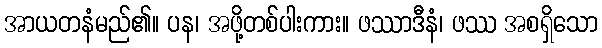
အာယတနံမည်၏။ ပန၊ အဖို့တစ်ပါးကား။ ဖဿာဒီနံ၊ ဖဿ အစရှိသော